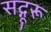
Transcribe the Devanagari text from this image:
सद्गूरू